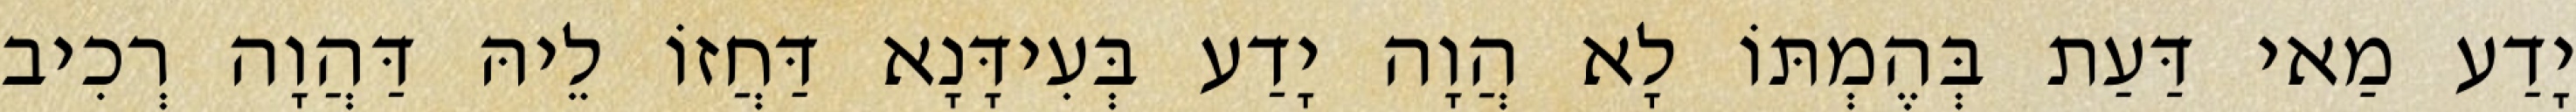
יָדַע מַאי דַּעַת בְּהֶמְתּוֹ לָא הֲוָה יָדַע בְּעִידָּנָא דַּחֲזוֹ לֵיהּ דַּהֲוָה רְכִיב